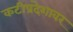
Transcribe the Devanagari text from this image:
कटीप्रदेशावर